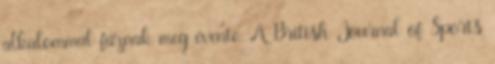
alkalommal fáznak meg évente. A British Journal of Sports